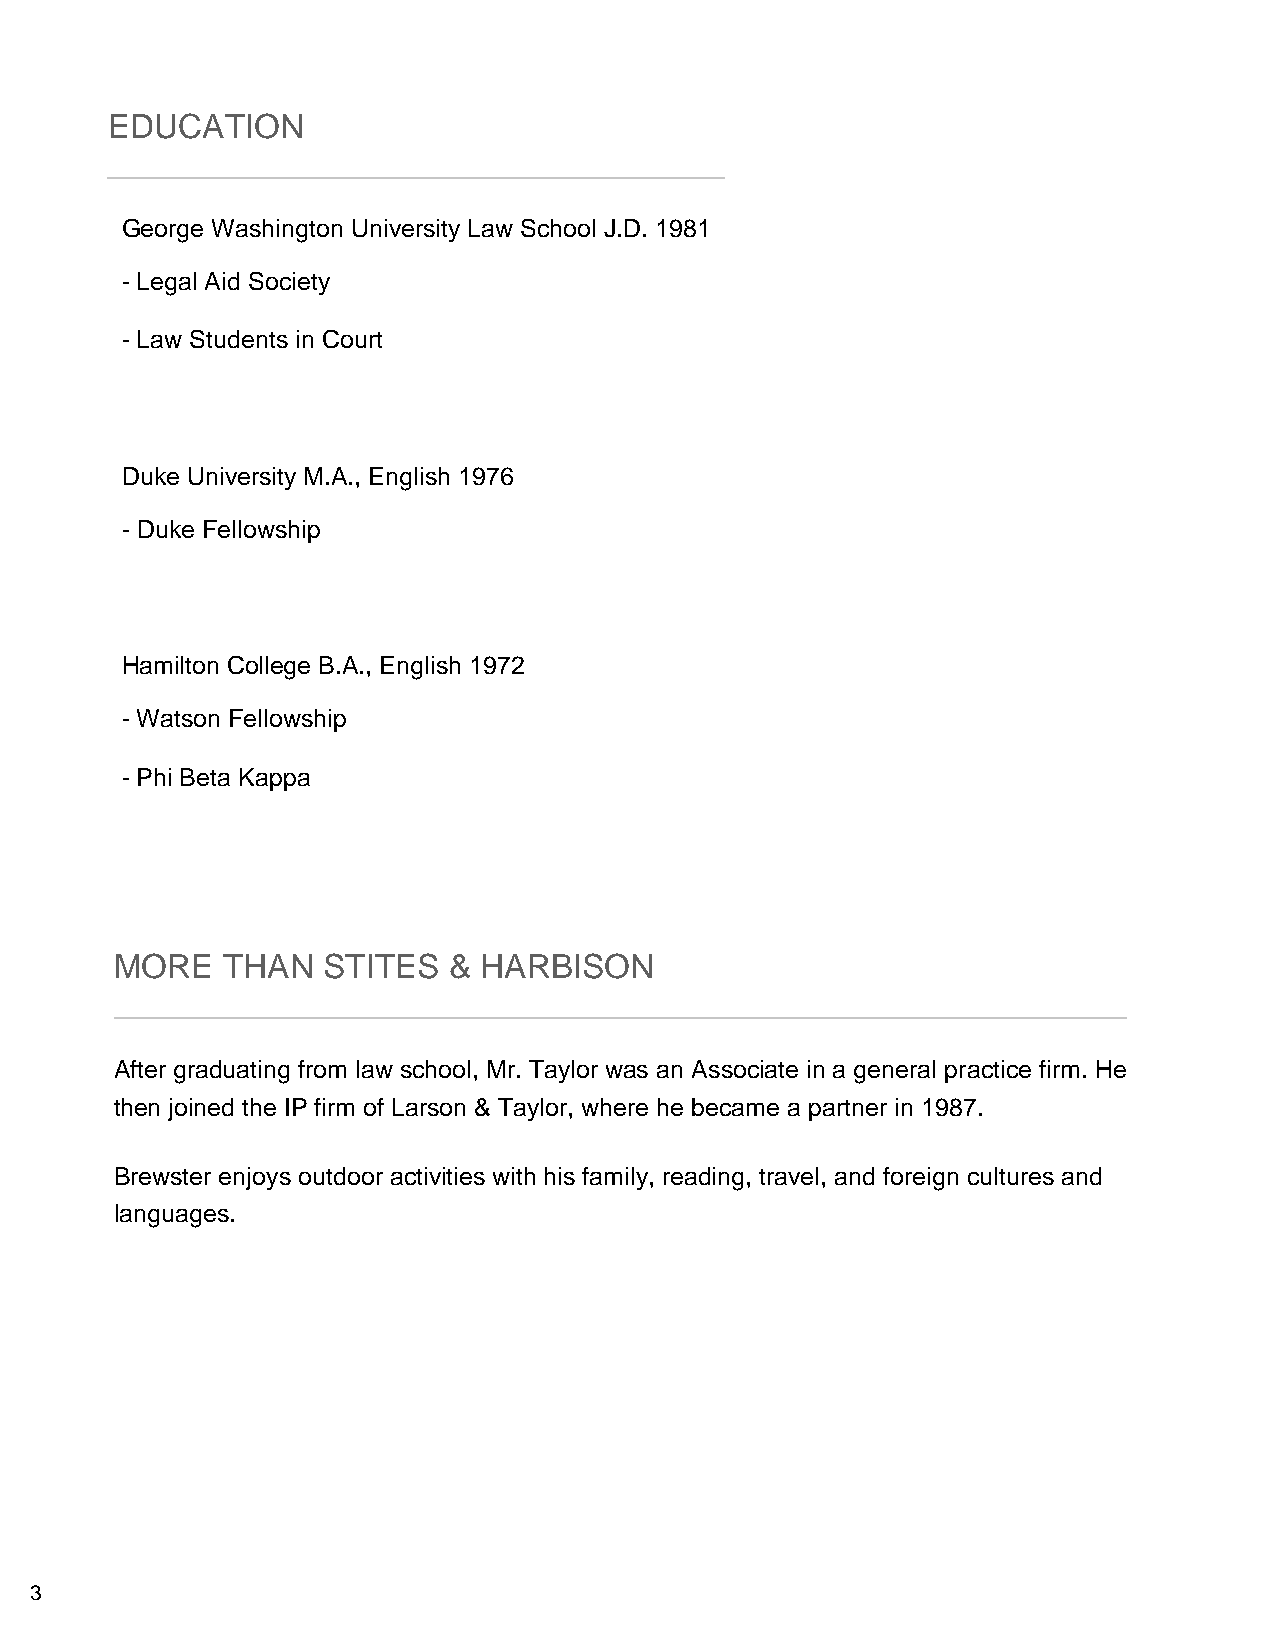
EDUCATION
 George Washington University Law School J.D. 1981
 - Legal Aid Society
 - Law Students in Court
 Duke University M.A., English 1976
 - Duke Fellowship
 Hamilton College B.A., English 1972
 - Watson Fellowship
 - Phi Beta Kappa
 MORE   THAN  STITES   & HARBISON
 After graduating from law school, Mr. Taylor was an Associate in a general practice firm. He
 then joined the IP firm of Larson & Taylor, where he became a partner in 1987.
 Brewster enjoys outdoor activities with his family, reading, travel, and foreign cultures and
 languages.
 3
 Powered by TCPDF (www.tcpdf.org)